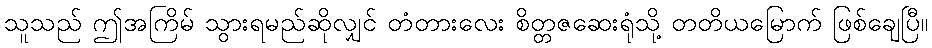
သူသည် ဤအကြိမ် သွားရမည်ဆိုလျှင် တံတားလေး စိတ္တဇဆေးရုံသို့ တတိယမြောက် ဖြစ်ချေပြီ။